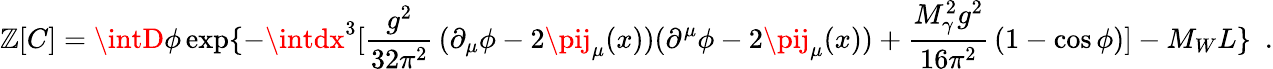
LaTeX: \mathbb{Z}[C]=\intD\phi\exp\{ -\intdx^{3}[\frac{{g^{2}}}{{32\pi^{2}}}\, (\partial_{\mu}\phi-2\pij_{\mu}(x))(\partial^{\mu}\phi-2\pij_{\mu}(x))+\frac{{M_{\gamma}^{2}g^{2}}}{{16\pi^{2}}}\, (1-\cos\phi)]-M_{W}L\} \, \, \, .